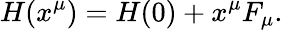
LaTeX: H(x^{\mu})=H(0)+x^{\mu}F_{\mu}.